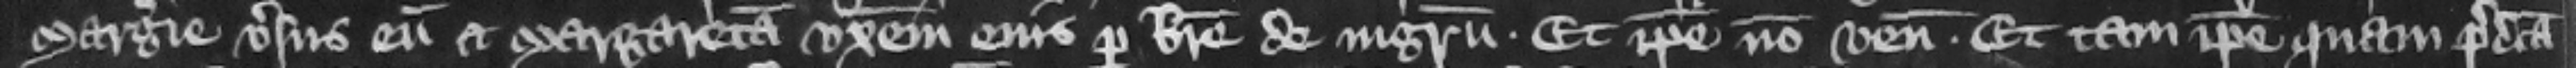
Margerie versus eum et Margaretam vorem eius per breue de ingressu. Et ipse non venit. Et tam ipse quam predicta